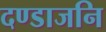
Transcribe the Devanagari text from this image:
दण्डाजनि